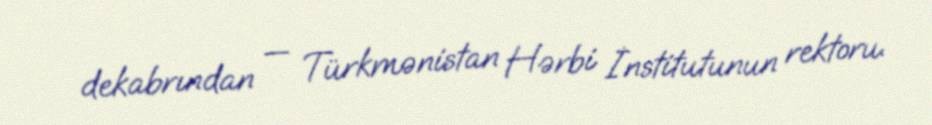
dekabrından — Türkmənistan Hərbi İnstitutunun rektoru.